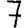
Digit: 7